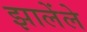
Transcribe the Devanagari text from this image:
झालेंले